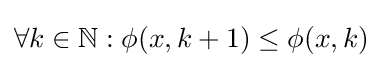
\forall k\in \mathbb {N} :\phi (x,k+1)\leq \phi (x,k)